Reports on dispensaries and lunatic asylums in the Province of Oudh - 1869-1876
Year: 1869
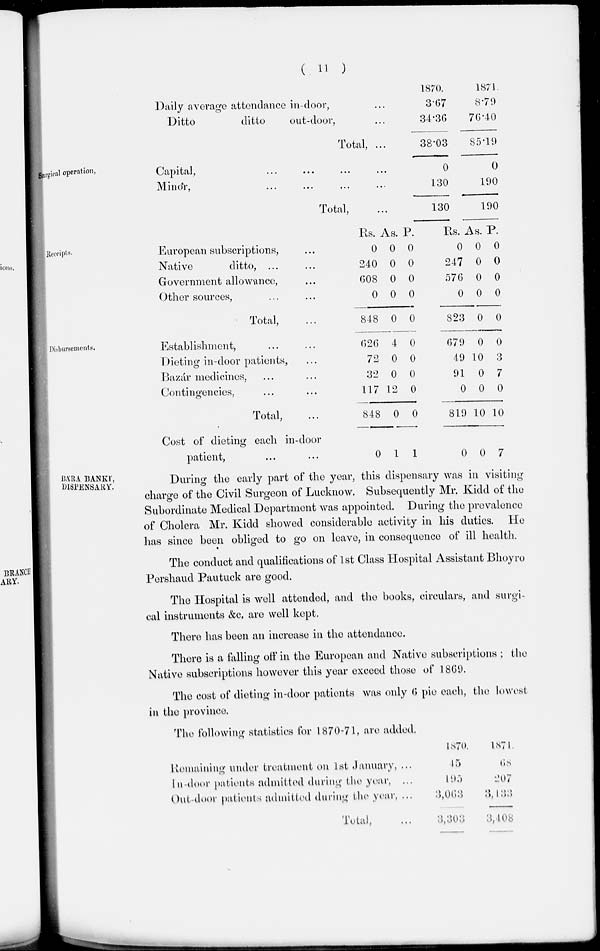
( 11 )
Daily average attendance in-door, ...
Ditto
ditto
out-door, ...
Total, ...
1870.
3.67
34.36
38.03
1871.
8.79
76.40
85.19
Surgical operation,
Capital,
...
...
...
...
Minor, ... ... ... ...
Total, ...
0
130
130
0
190
190
Receipts.
European subscriptions, ...
Native
ditto, ... ...
Government allowance, ...
Other sources, ... ...
Total, ...
Rs.
0
240
608
0
848
As.
0
0
0
0
0
P.
0
0
0
0
0
Rs.
0
247
576
0
823
As.
0
0
0
0
0
P.
0
0
0
0
0
Disbursements.
Establishment, ... ...
Dieting in-door patients, ...
Bazár medicines, ... ...
Contingencies, ... ...
Total, ...
Cost of dieting each in-door
patient, ... ...
626
72
32
117
848
0
4
0
0
12
0
1
0
0
0
0
0
1
679
49
91
0
819
0
0
10
0
0
10
0
0
3
7
0
10
7
BÁRA BANKÍ,
DISPENSARY.
During the early part of the year, this dispensary was in visiting
charge of the Civil Surgeon of Lucknow. Subsequently Mr. Kidd of the
Subordinate Medical Department was appointed. During the prevalence
of Cholera Mr. Kidd showed considerable activity in his duties. He
has since been obliged to go on leave, in consequence of ill health.
The conduct and qualifications of 1st Class Hospital Assistant Bhoyro
Pershaud Pautuck are good.
The Hospital is well attended, and the books, circulars, and surgi-
cal instruments &c. are well kept.
There has been an increase in the attendance.
There is a falling off in the European and Native subscriptions ; the
Native subscriptions however this year exceed those of 1869.
The cost of dieting in-door patients was only 6 pie each, the lowest
in the province.
The following statistics for 1870-71, are added.
Remaining under treatment on 1st January, ...
In-door patients admitted during the year, ...
Out-door patients admitted during the year, ...
Total, ...
1870.
15
195
3,063
3,303
1871
68
207
3,433
3,408